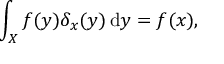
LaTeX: \int _ { X } f ( y ) \delta _ { x } ( y ) \, \mathrm { d } y = f ( x ) ,